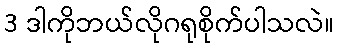
3 ဒါကိုဘယ်လိုဂရုစိုက်ပါသလဲ။